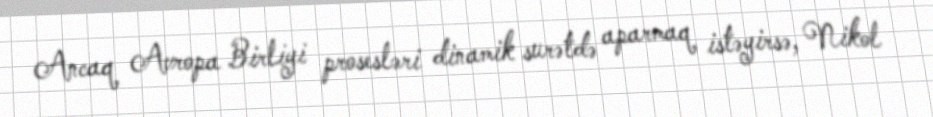
Ancaq Avropa Birliyi prosesləri dinamik surətdə aparmaq istəyirsə, Nikol